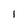
Character: 1